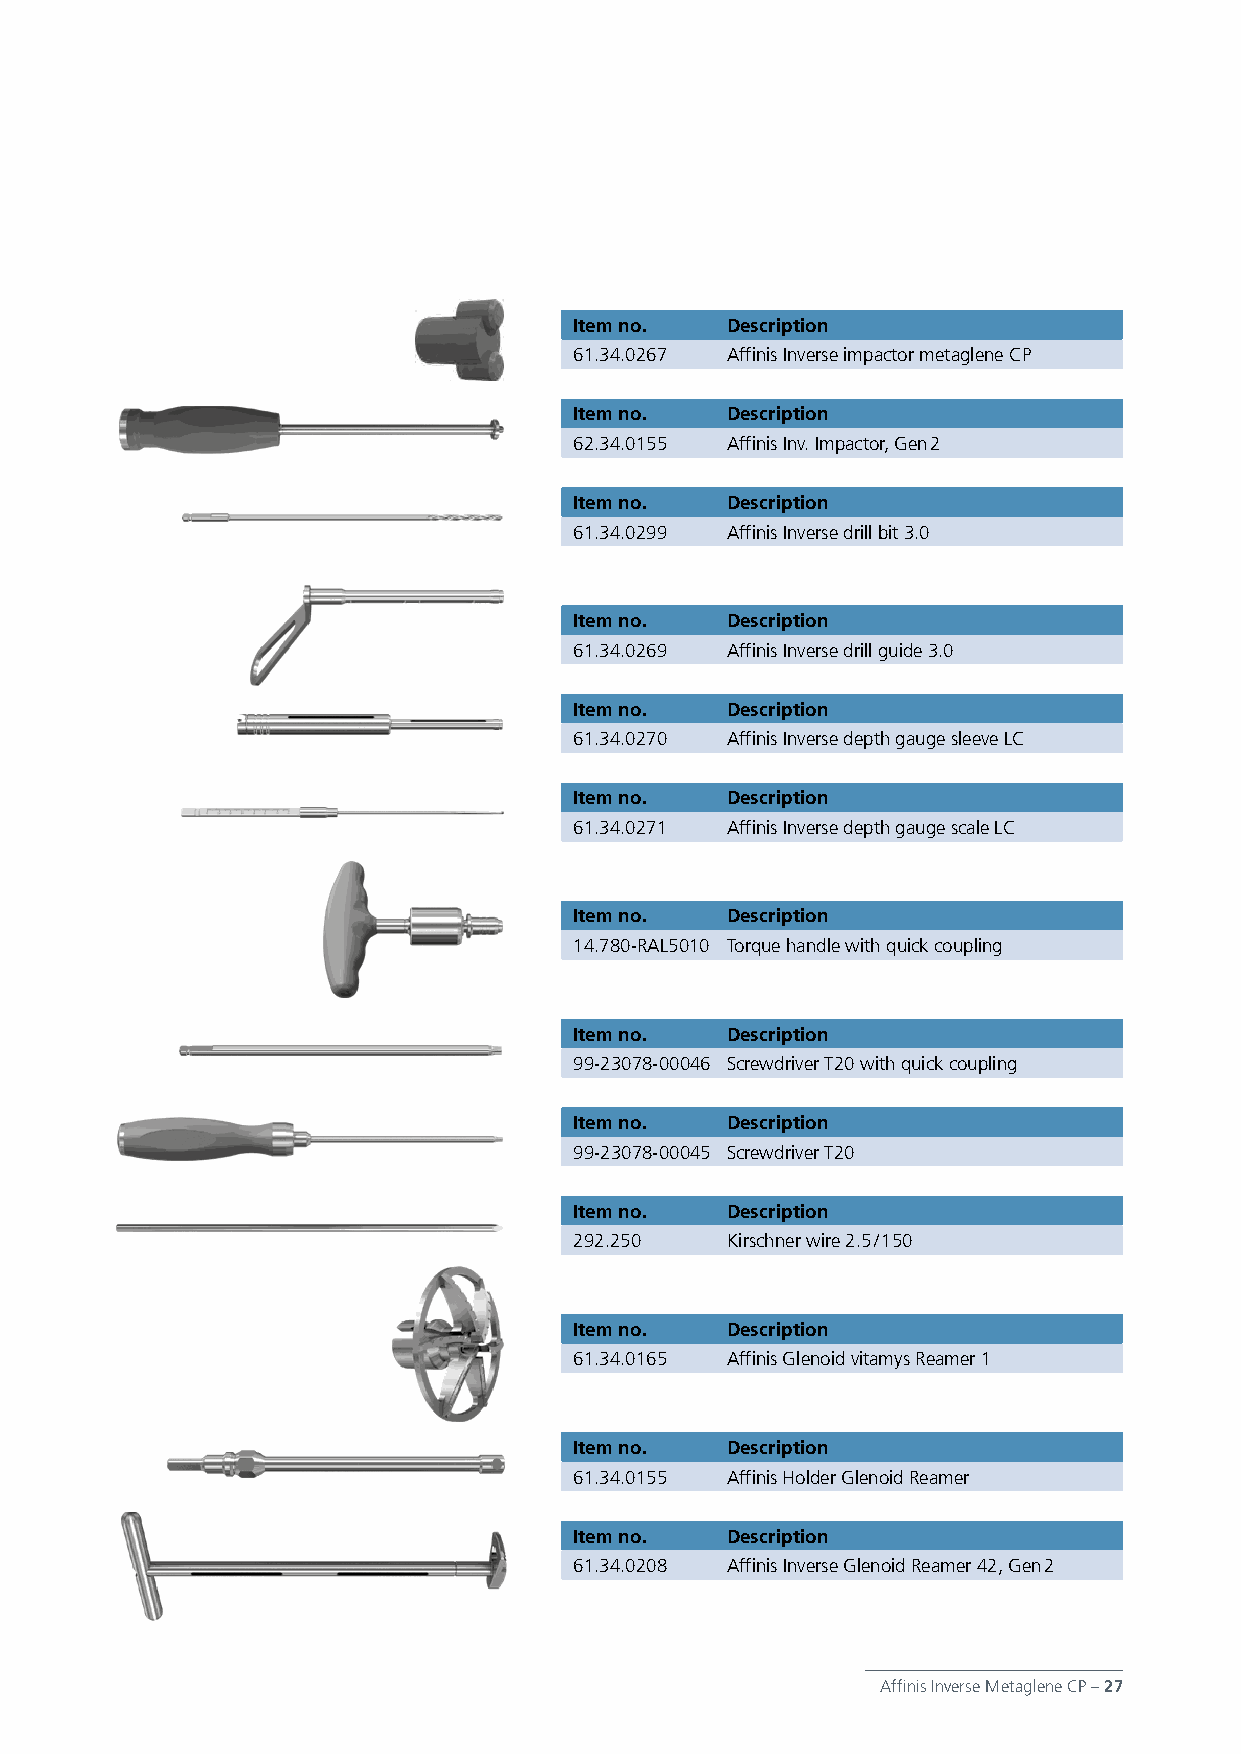
Item no.  Description
 61.34.0267 Affinis Inverse impactor metaglene CP
 Item no.  Description
 62.34.0155 Affinis Inv. Impactor, Gen 2
 Item no.  Description
 61.34.0299 Affinis Inverse drill bit 3.0
 Item no.  Description
 61.34.0269 Affinis Inverse drill guide 3.0
 Item no.  Description
 61.34.0270 Affinis Inverse depth gauge sleeve LC
 Item no.  Description
 61.34.0271 Affinis Inverse depth gauge scale LC
 Item no.  Description
 14.780-RAL5010 Torque handle with quick coupling
 Item no.  Description
 99-23078-00046 Screwdriver T20 with quick coupling
 Item no.  Description
 99-23078-00045 Screwdriver T20
 Item no.  Description
 292.250   Kirschner wire 2.5 / 150
 Item no.  Description
 61.34.0165 Affinis Glenoid vitamys Reamer 1
 Item no.  Description
 61.34.0155 Affinis Holder Glenoid Reamer
 Item no.  Description
 61.34.0208 Affinis Inverse Glenoid Reamer 42, Gen 2
 Affinis Inverse Metaglene CP – 27